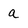
Character: a